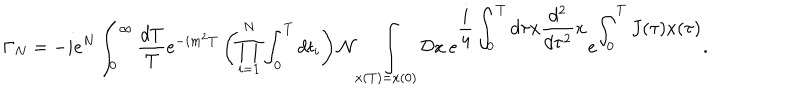
\Gamma _ { N } = - i e ^ { N } \int _ { 0 } ^ { \infty } \frac { d T } { T } e ^ { - i m ^ { 2 } T } \left( \prod _ { i = 1 } ^ { N } \int _ { 0 } ^ { T } d t _ { i } \right) { \cal N } \int _ { x ( T ) = x ( 0 ) } { \cal D } x \: e ^ { \displaystyle \frac { i } { 4 } \int _ { 0 } ^ { T } d \tau x \frac { d ^ { 2 } } { d \tau ^ { 2 } } x } e ^ { \displaystyle \int _ { 0 } ^ { T } J ( \tau ) x ( \tau ) } .